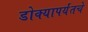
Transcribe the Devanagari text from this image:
डोक्यापर्यंतचे